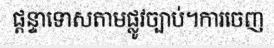
ផ្តន្ទាទោសតាមផ្លូវច្បាប់។ការចេញ